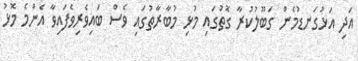
އަދި އަޅުގަނޑުމެން ގަބޫލުކުރާ ގޮތުގައި މުޅި މުބާރާތުގައި ވެސް ބައިވެރިވެފައިވާ އެންމެ މޮޅު